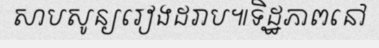
សាបសូន្យរៀងដរាប៕ទិដ្ឋភាពនៅ